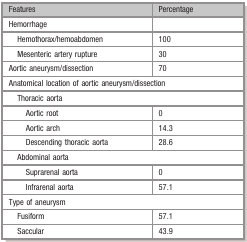
<table><thead><tr><td><b>Features</b></td><td><b>Percentage</b></td></tr></thead><tbody><tr><td>Hemorrhage</td><td></td></tr><tr><td>Hemothorax/hemoabdomen</td><td>100</td></tr><tr><td>Mesenteric artery rupture</td><td>30</td></tr><tr><td>Aortic aneurysm/dissection</td><td>70</td></tr><tr><td colspan="2">Anatomical location of aortic aneurysm/dissection</td></tr><tr><td colspan="2">Thoracic aorta</td></tr><tr><td>Aortic root</td><td>0</td></tr><tr><td>Aortic arch</td><td>14.3</td></tr><tr><td>Descending thoracic aorta</td><td>28.6</td></tr><tr><td colspan="2">Abdominal aorta</td></tr><tr><td>Suprarenal aorta</td><td>0</td></tr><tr><td>Infrarenal aorta</td><td>57.1</td></tr><tr><td colspan="2">Type of aneurysm</td></tr><tr><td>Fusiform</td><td>57.1</td></tr><tr><td>Saccular</td><td>43.9</td></tr></tbody></table>